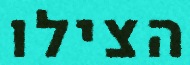
הצילו